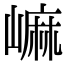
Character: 𡻥